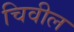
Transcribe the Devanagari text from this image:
चिवील